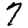
Digit: 7